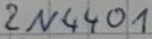
Text: 2N4401